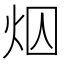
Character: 𪸜